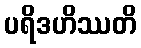
ပရိဒဟိဿတိ